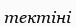
тектіні